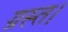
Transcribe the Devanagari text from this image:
ग्रस्त।